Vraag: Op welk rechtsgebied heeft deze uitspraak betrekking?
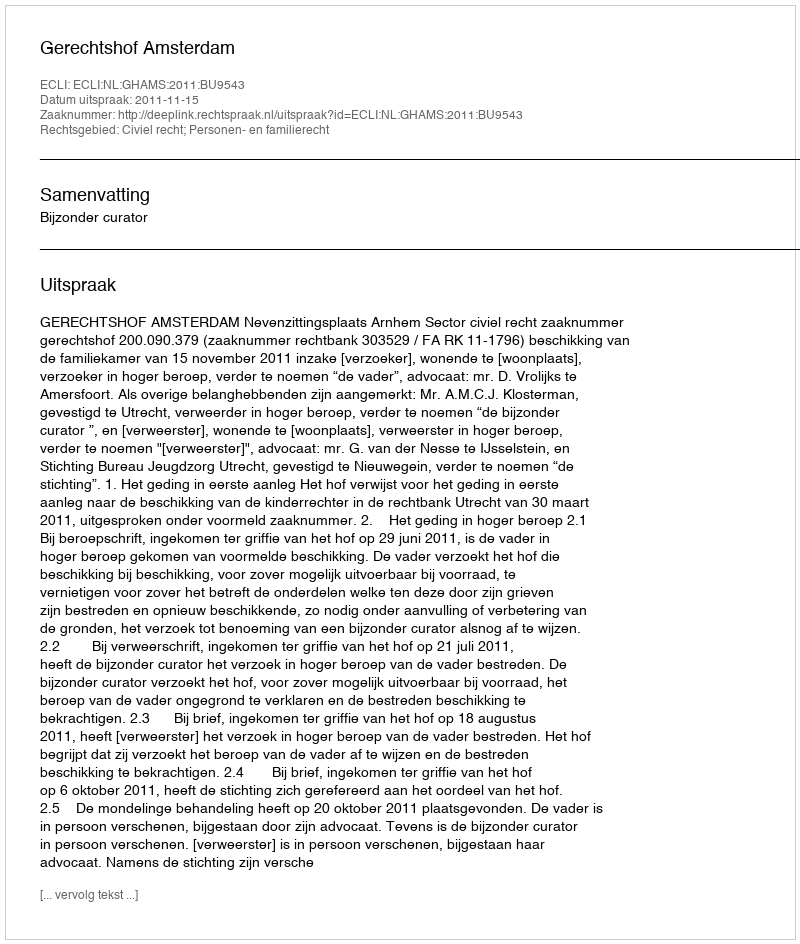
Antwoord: Civiel recht; Personen- en familierecht